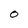
Character: O